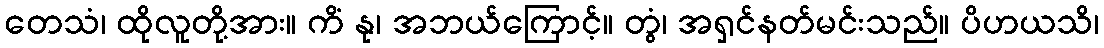
တေသံ၊ ထိုလူတို့အား။ ကိံ နု၊ အဘယ်ကြောင့်။ တွံ၊ အရှင်နတ်မင်းသည်။ ပိဟယသိ၊